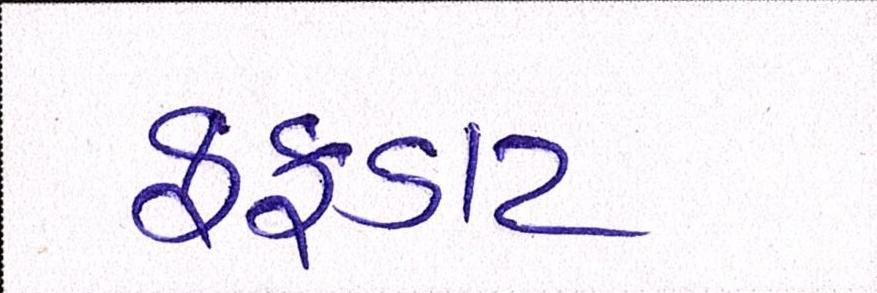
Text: ફફડાટ